Annual administration report of the Civil Veterinary Department of India - 1898-1899
Year: 1898
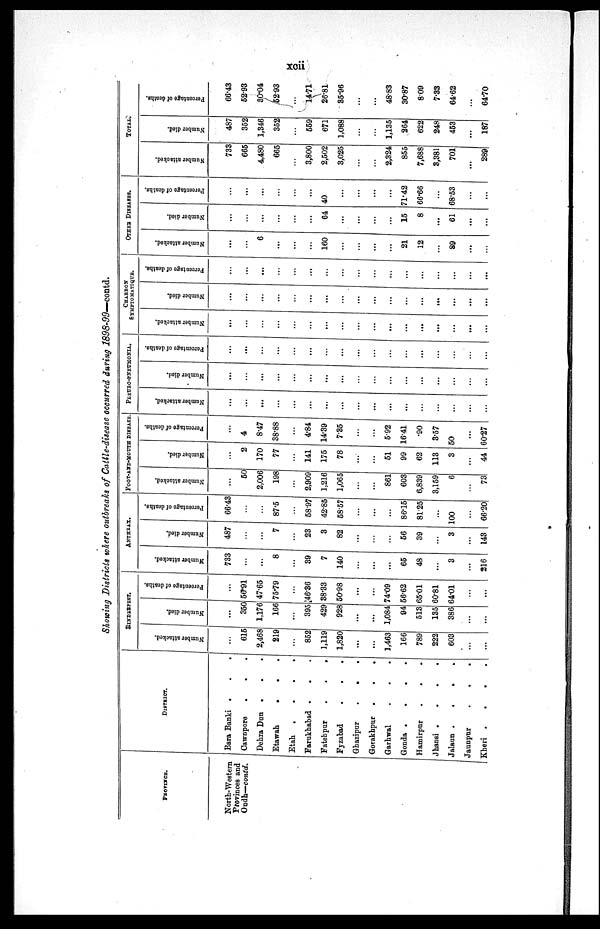
xcii
Showing Districts where outbreaks of Cattle-disease occurred during 1898-99—contd.
PROVINCE.
North-Western
Provinces and
Oudh—contd.
DISTRICT.
Bara Banki . . .
Cawnpore
.
.
.
Dehra Dun . . .
Etawah
.
.
.
Etah . . . .
Farukhabad .
. .
Fatehpur
.
.
.
Fyzabad
.
.
.
Ghazipur
.
.
.
Gorakhpur .
.
.
Garhwal
.
.
.
Gonda .
.
.
.
Hamirpur
.
. .
Jhansi .
.
.
.
Jalaun .
.
.
.
Jaunpur
.
.
.
Kheri .
.
.
.
RINDERPEST.
Number attacked.
...
615
2,468
219
...
852
1,119
1,820
...
...
1,463
166
789
222
603
...
...
Number died.
...
350
1,176
166
...
395
429
928
...
...
1,084
94
513
135
386
...
...
Percentage of deaths.
...
56.91
47.65
75.79
...
46.36
38.33
50.98
...
...
74.09
56.62
65.01
60.81
64.01
...
...
ANTHRAX.
Number attacked.
733
...
...
8
...
39
7
140
...
...
...
65
48
...
3
...
216
Number died.
487
...
...
7
...
23
3
82
...
...
...
56
39
...
3
...
143
Percentage of deaths.
66.43
...
...
87.5
...
58.97
42.85
58.57
...
...
...
86.15
81.25
...
100
...
66.20
FOOT-AND-MOUTH DISEASE.
Number attacked.
...
50
2,006
198
...
2,909
1,216
1,065
...
...
861
603
6,839
3,159
6
...
73
Number died.
...
2
170
77
...
141
175
78
...
...
51
99
62
113
3
...
44
Percentage of deaths.
...
4
8.47
38.88
...
4.84
14.39
7.35
...
...
5.92
16.41
.90
3.57
50
...
60.27
PLEURO-PNEUMONLA.
Number attacked.
...
...
...
...
...
...
...
...
...
...
...
...
...
...
...
...
...
Number died.
...
...
...
...
...
...
...
...
...
...
...
...
...
...
...
...
...
Percentage of deaths.
...
...
...
...
...
...
...
...
...
...
...
...
...
...
...
...
...
CHARBON
SYMPTOMATIQUE.
Number attacked.
...
...
...
...
...
...
...
...
...
...
...
...
...
...
...
...
...
Number died.
...
...
...
...
...
...
...
...
...
...
...
...
...
...
...
...
...
Percentage of deaths.
...
...
...
...
...
...
...
...
...
...
...
...
...
...
...
...
...
OTHER DISEASE.
Number attacked.
...
...
6
...
...
...
160
...
...
...
...
21
12
...
89
...
...
Number died.
...
...
...
...
...
...
64
...
...
...
...
15
8
...
61
...
...
Percentage of deaths.
...
...
...
...
...
...
40
...
...
...
...
71.42
66.66
...
68.53
...
...
TOTAL
Number attacked.
733
665
4,480
665
...
3,800
2,502
3,025
...
...
2,324
855
7,688
3,381
701
...
289
Number died.
487
352
1,346
352
...
559
671
1,088
...
...
1,135
264
622
248
453
...
187
Percentage of deaths.
66.43
52.93
80.04
52.93
...
14.71
26.81
35.96
...
...
48.83
30.87
8.09
7.33
64.62
...
64.70